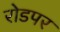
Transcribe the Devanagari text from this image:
रोडपर